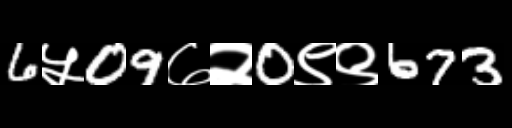
Text: 6५09७२0९९673